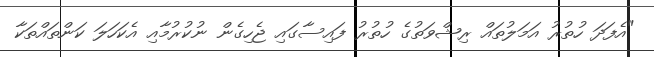
"އެފަދަ ހުތުރު އަމަލުތައް ރިޝްވަތުގެ ހުތުރު ފައިސާގައި ޖެހިގެން ނުކުރުމާއި އެކަހަލަ ކަންތައްތަކާ